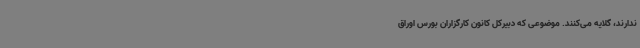
ندارند، گلایه می‌کنند. موضوعی که دبیرکل کانون کارگزاران بورس اوراق